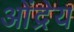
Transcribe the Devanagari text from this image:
ओंद्रेय